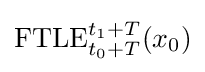
\mathrm {FTLE} _{t_{0}+T}^{t_{1}+T}(x_{0})